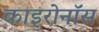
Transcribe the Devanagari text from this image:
काइरोनॉस